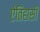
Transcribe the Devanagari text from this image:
ऐतिहासी